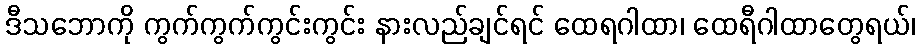
ဒီသဘောကို ကွက်ကွက်ကွင်းကွင်း နားလည်ချင်ရင် ထေရဂါထာ၊ ထေရီဂါထာတွေရယ်၊